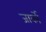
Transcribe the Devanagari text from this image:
जार्को